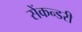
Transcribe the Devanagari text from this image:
सेंकन्‍डरी